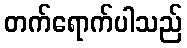
တက်ရောက်ပါသည်